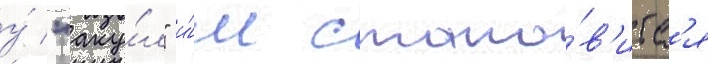
у́ "аку́л" и́м стано́в'итс'я